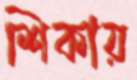
শিকায়